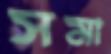
সমা